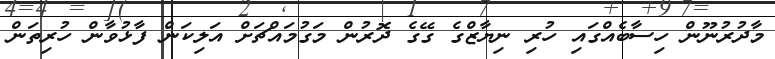
މާދުރުނޫން ހިސާބެއްގައި ހުރި ނިޔާޒްގެ ގޭގެ ދޮރުން މަގުމައްޗަށް އަލިކަން ފާޅުވާން ހުރިތަން